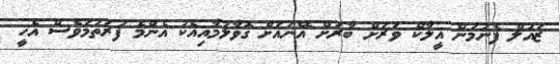
ޒައުލް ފެނުމުން އީލާކް ވަރަށް ބާރަށް އޭނައަށް ގޮވާލުމާއިއެކު އެންމެ ފުރަތަމަވެސް އެހީ